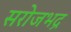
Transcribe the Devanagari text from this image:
सरोजभद्र